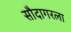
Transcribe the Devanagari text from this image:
सौदागरला